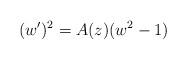
LaTeX: \begin{align*} (w')^2=A(z)(w^2-1) \end{align*}